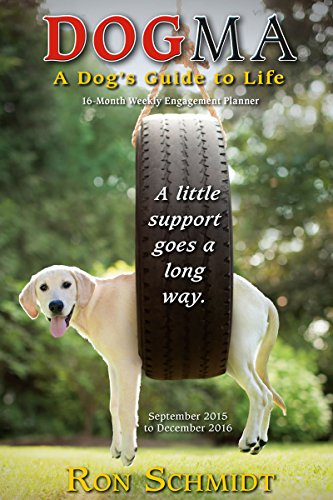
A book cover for Dogma 2016 Engagement Calendar; Ron Schmidt; Calendars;